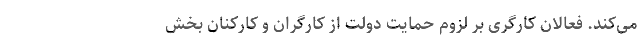
می‌کند. فعالان کارگری بر لزوم حمایت دولت از کارگران و کارکنان بخش